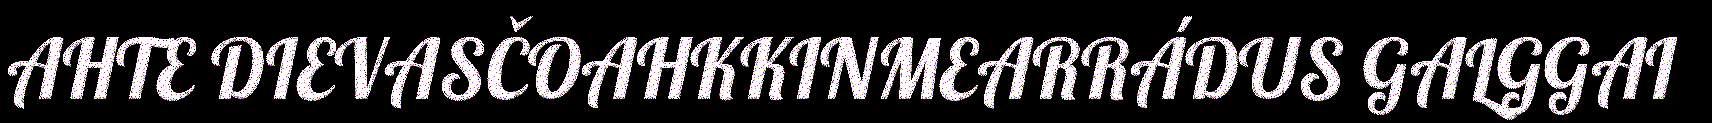
AHTE DIEVASČOAHKKINMEARRÁDUS GALGGAI